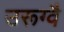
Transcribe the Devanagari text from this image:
उरूग्वै